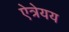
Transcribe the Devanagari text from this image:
ऐत्रेयय